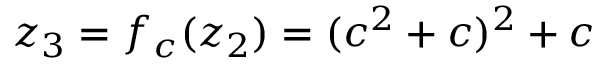
z _ { 3 } = f _ { c } ( z _ { 2 } ) = ( c ^ { 2 } + c ) ^ { 2 } + c